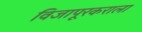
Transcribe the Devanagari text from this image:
विजापूरकराला